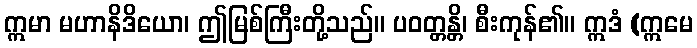
ဣမာ မဟာနိဒိယော၊ ဤမြစ်ကြီးတို့သည်။ ပဝတ္တန္တိ၊ စီးကုန်၏။ ဣဒံ (ဣမေ